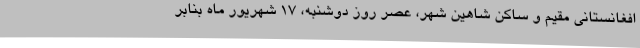
افغانستانی مقیم و ساکن شاهین شهر، عصر روز دوشنبه، 17 شهریور ماه بنابر